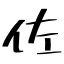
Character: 佐